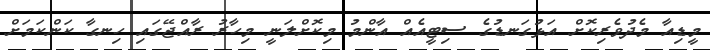
މީޑިއާ މެދުވެރިކޮށް އަޅުގަނޑުގެ ސިޓީއެއް އާންމު މިކޮށްލަނީ މިހާރު ރާއްޖޭގައި ހިނގާ ކަންކަމަށް